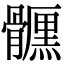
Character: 𩪪